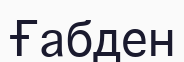
Ғабден